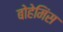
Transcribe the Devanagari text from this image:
बोहेमिंस